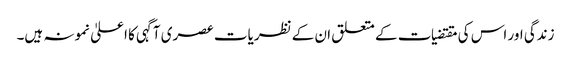
زندگی اور اس کی مقتضیات کے متعلق ان کے نظریات عصری آگہی کا اعلیٰ نمونہ ہیں۔